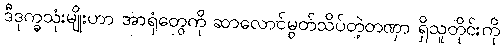
ဒီဒုက္ခသုံးမျိုးဟာ အာရုံတွေကို ဆာလောင်မွတ်သိပ်တဲ့တဏှာ ရှိသူတိုင်းကို